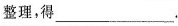
整理，得___。